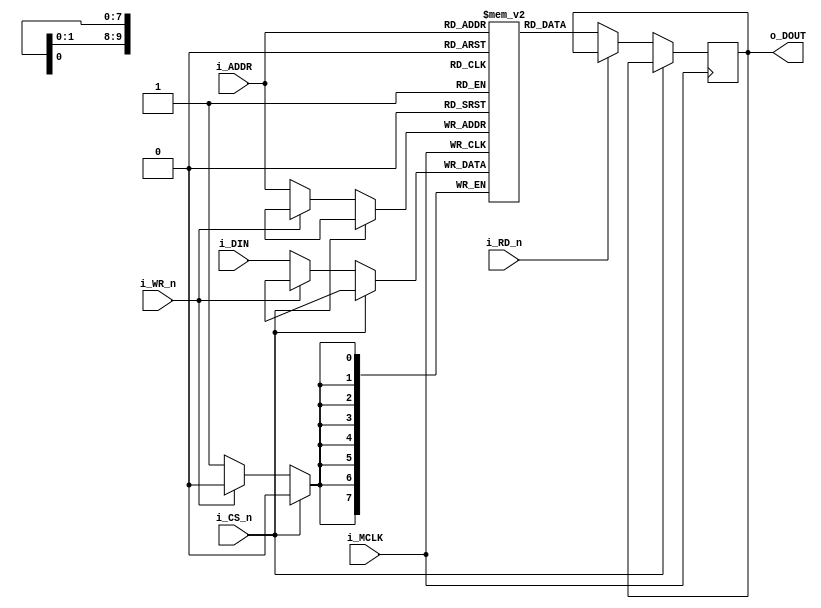
/*
    Copyright (C) 2022 Sehyeon Kim(Raki)
    
    This program is free software; you can redistribute it and/or
    modify it under the terms of the GNU General Public License
    as published by the Free Software Foundation; either version 2
    of the License, or any later version.
    
    This program is distributed in the hope that it will be useful,
    but WITHOUT ANY WARRANTY; without even the implied warranty of
    MERCHANTABILITY or FITNESS FOR A PARTICULAR PURPOSE. See the
    GNU General Public License for more details.
    
    You should have received a copy of the GNU General Public License
    along with this program; if not, write to the Free Software
    Foundation, Inc., 51 Franklin Street, Fifth Floor, Boston, MA 02110-1301, USA.
*/

/*
    SRAM
*/

module SRAM #(parameter dw=8, aw=10, pol=1, simhexfile="")
(
    input   wire            i_MCLK,
    input   wire   [aw-1:0] i_ADDR,
    input   wire   [dw-1:0] i_DIN,
    output  reg    [dw-1:0] o_DOUT,
    input   wire            i_CS_n,
    input   wire            i_RD_n,
    input   wire            i_WR_n
);

reg     [dw-1:0]   RAM [0:(2**aw)-1];

generate
    if(pol == 1'b1)
    begin
        always @(posedge i_MCLK) //read
        begin
            if(i_CS_n == 1'b0)
            begin
                if(i_RD_n == 1'b0)
                begin
                    o_DOUT <= RAM[i_ADDR];
                end
            end
        end

        always @(posedge i_MCLK)
        begin
            if(i_CS_n == 1'b0)
            begin
                if(i_WR_n == 1'b0)
                begin
                    RAM[i_ADDR] <= i_DIN;
                end
            end
        end
    end

    else
    begin
        always @(negedge i_MCLK) //read
        begin
            if(i_CS_n == 1'b0)
            begin
                if(i_RD_n == 1'b0)
                begin
                    o_DOUT <= RAM[i_ADDR];
                end
            end
        end

        always @(negedge i_MCLK)
        begin
            if(i_CS_n == 1'b0)
            begin
                if(i_WR_n == 1'b0)
                begin
                    RAM[i_ADDR] <= i_DIN;
                end
            end
        end
    end
endgenerate


initial
begin
    if( simhexfile != "" ) begin
        $readmemh(simhexfile, RAM);
    end
end

endmodule